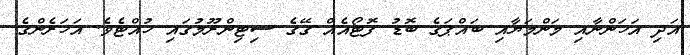
އަދި އަހަންނާއި މަންމަޔާއި ބައްޕަގެ ބޮޑު ފޮޓޯއެއް ގޭގެ ސިޓިންރޫމުގައި ހުއްޓެވެ. އަހަރެންގެ